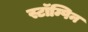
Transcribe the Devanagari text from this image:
स्टॉम्पिन